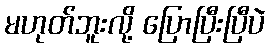
မဟုတ်ဘူးလို့ ပြောပြီးပြီပဲ